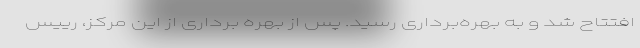
افتتاح شد و به بهره‌برداری رسید. پس از بهره برداری از این مرکز، رییس